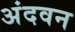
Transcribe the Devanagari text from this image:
अंदवन